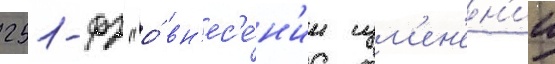
251-фз "о́ вн'ес'е́н'ии изм'ен'ен'ии